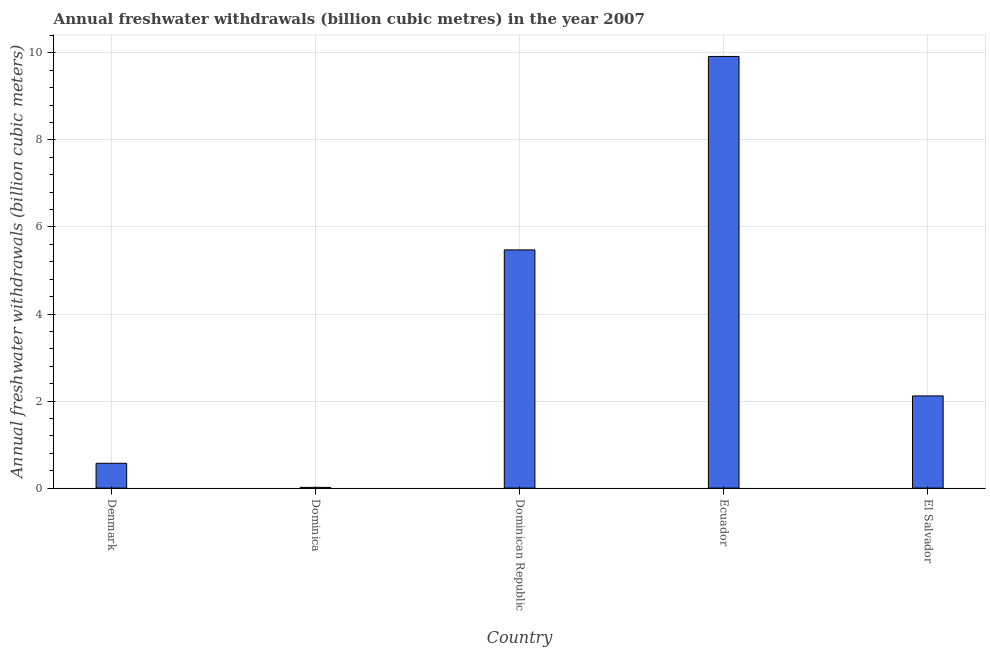
| Country | Annual freshwater withdrawals |
 | --- | --- |
 | Denmark | 0.57 |
 | Dominica | 0.0166 |
 | Dominican Republic | 5.47 |
 | Ecuador | 9.92 |
 | El Salvador | 2.12 |